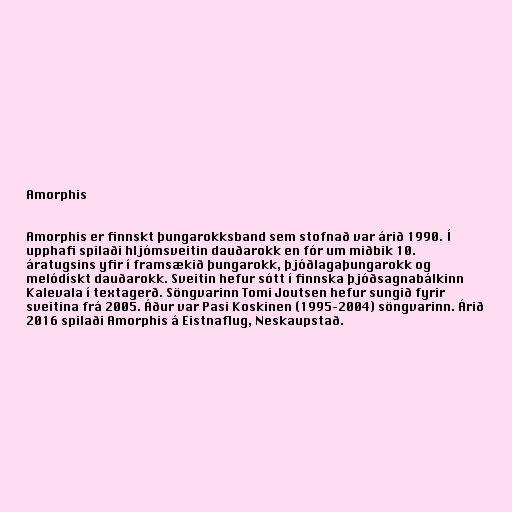
Amorphis

Amorphis er finnskt þungarokksband sem stofnað var árið 1990. Í
upphafi spilaði hljómsveitin dauðarokk en fór um miðbik 10.
áratugsins yfir í framsækið þungarokk, þjóðlagaþungarokk og
melódískt dauðarokk. Sveitin hefur sótt í finnska þjóðsagnabálkinn
Kalevala í textagerð. Söngvarinn Tomi Joutsen hefur sungið fyrir
sveitina frá 2005. Áður var Pasi Koskinen (1995–2004) söngvarinn. Árið
2016 spilaði Amorphis á Eistnaflug, Neskaupstað.